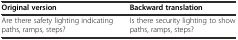
| Original version | Backward translation |
 | --- | --- |
 | Are there safety lighting indicating paths, ramps, steps? | Is there security lighting to show paths, ramps, steps? |